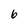
Character: 6